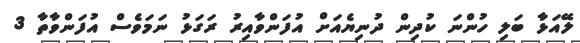
ލޭއަޅާ ބަލި ހުންނަ ކުދިން ދުނިޔެއަށް އުފަންވާއިރު ރަަގަޅު ނަމަވެސް އުފަންވާތާ 3